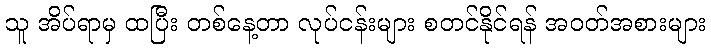
သူ အိပ်ရာမှ ထပြီး တစ်နေ့တာ လုပ်ငန်းများ စတင်နိုင်ရန် အဝတ်အစားများ